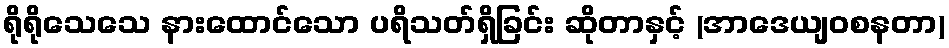
ရိုရိုသေသေ နားထောင်သော ပရိသတ်ရှိခြင်း ဆိုတာနှင့် (အာဒေယျဝစနတာ)